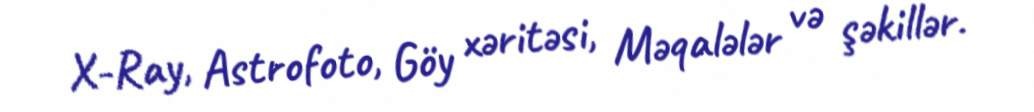
X-Ray, Astrofoto, Göy xəritəsi, Məqalələr və şəkillər.